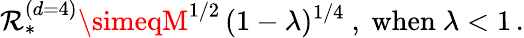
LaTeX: \mathcal{R}_{*}^{(d=4)}\simeqM^{1/2}\, (1-\lambda)^{1/4}\ ,\ \mathrm{{when}}\ \lambda<1\, .